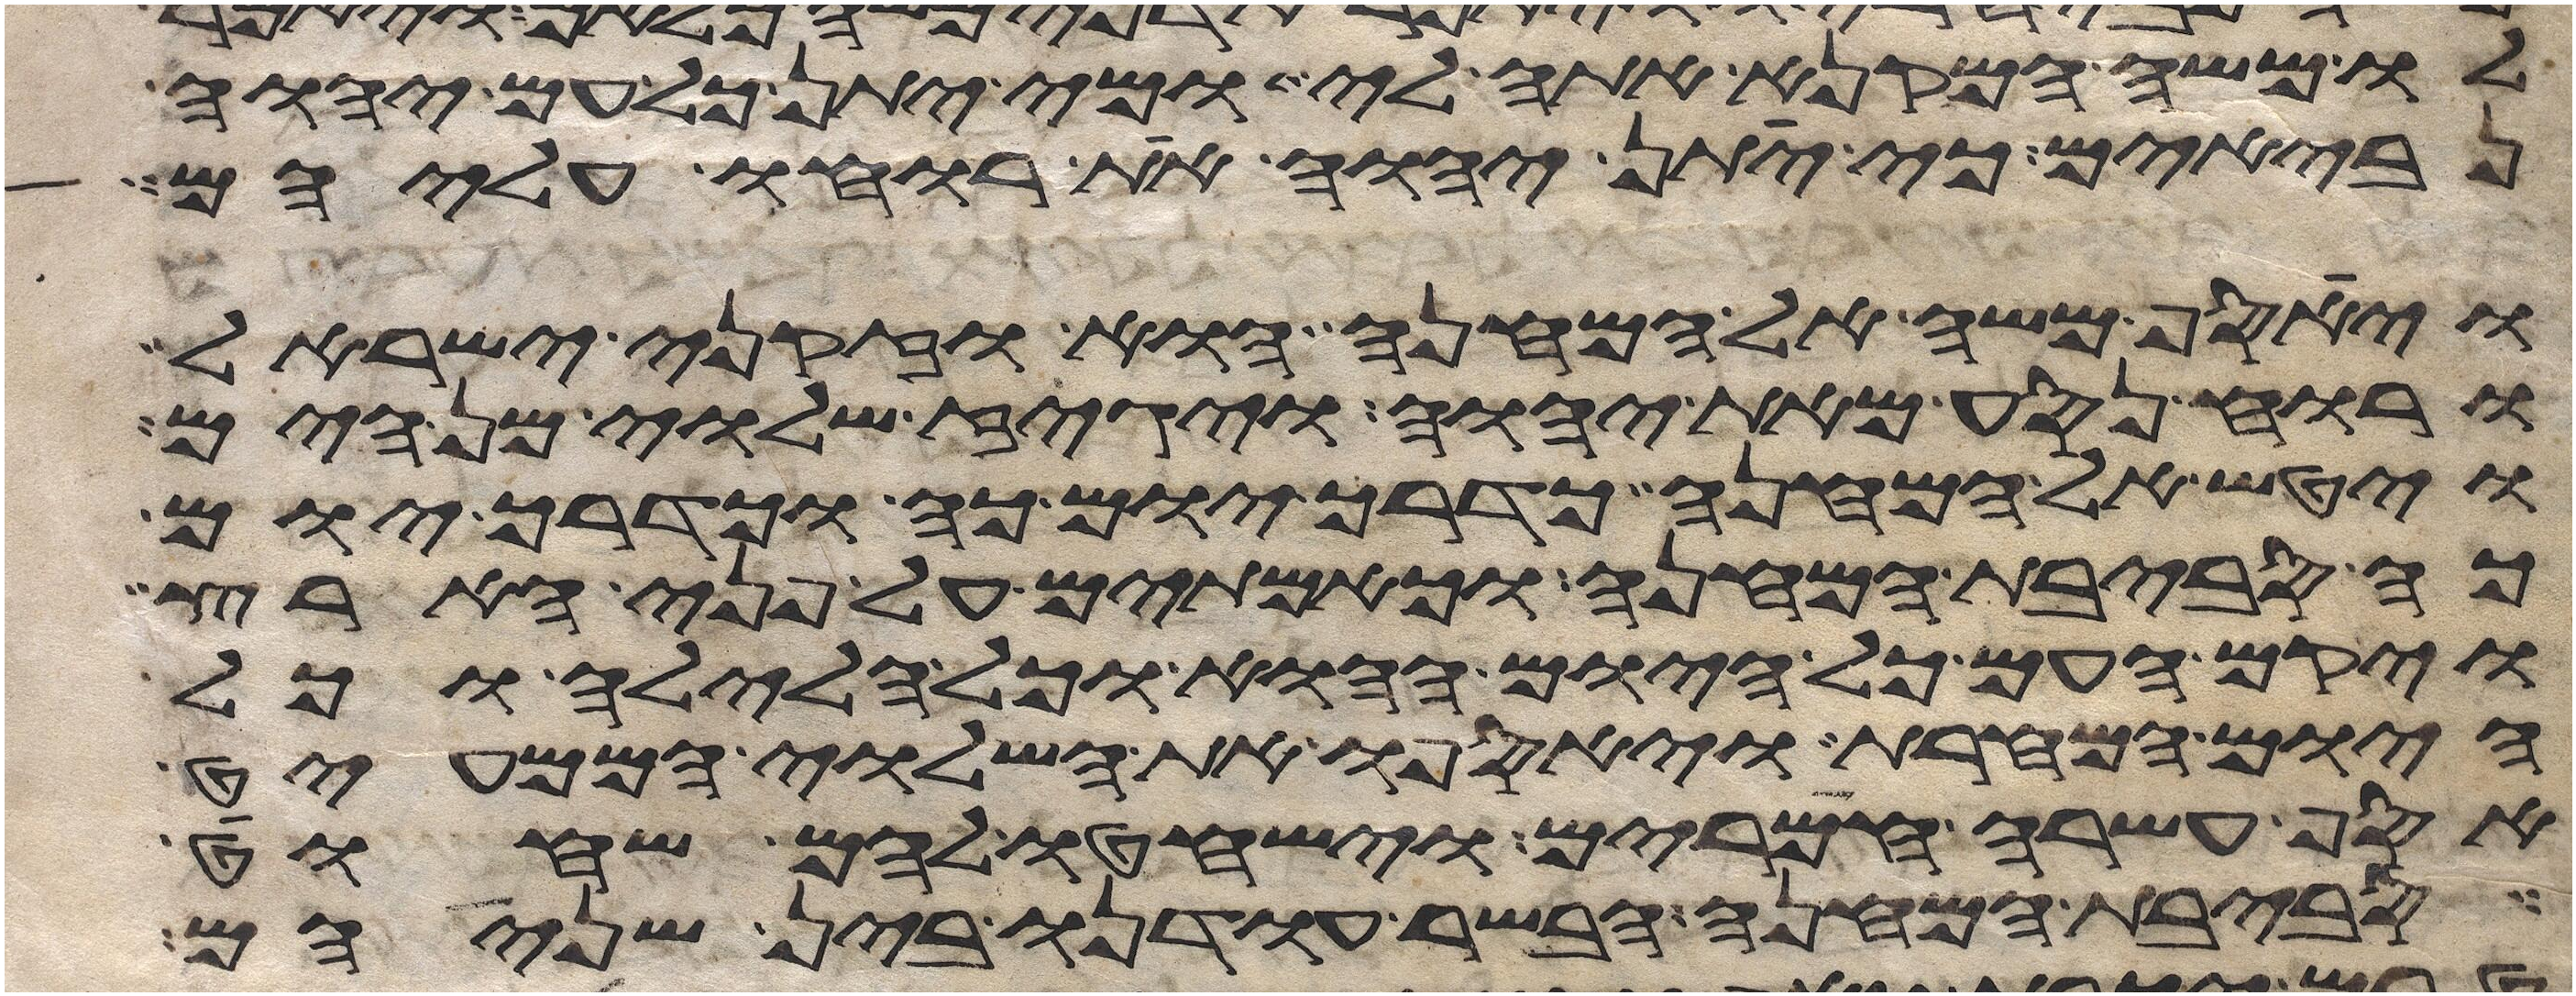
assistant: לו משה המקנא אתה לי ומי יתן כל עם יהוה
נביאים כי יתן יהוה את רוחו עליהם
ויאסף משה אל המחנה הוא וזקני ישראל
ורוח נסע מאת יהוה ויגז שלוי מן הים
ויטש אל המחנה כדרך יום כה וכדרך יום
כה סביבת המחנה וכאמתים על פני הארץ
ויקם העם כל היום ההוא וכל הלילה וכל
היום המחרת ויאספו את השלוי הממעיט
אסף עשרה חמרים וישחטו להם שחוט
סביבת המחנה הבשר עודנו בין שניהם